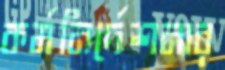
কর্মনির্দেশনার